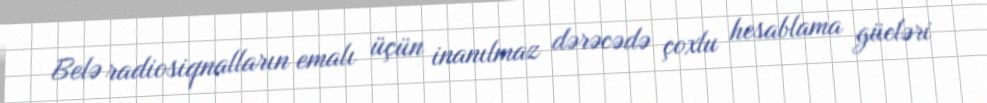
Belə radiosiqnalların emalı üçün inanılmaz dərəcədə çoxlu hesablama gücləri